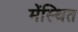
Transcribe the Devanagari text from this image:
मेंस्थित